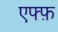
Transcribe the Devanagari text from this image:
एफ्फ़